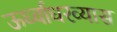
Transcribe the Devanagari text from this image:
ऊर्ध्वाधरव्यास